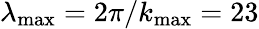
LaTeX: \lambda_{\operatorname*{max}}=2\pi/k_{\operatorname*{max}}=23